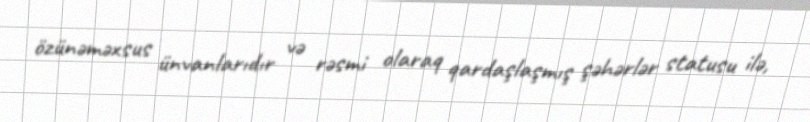
özünəməxsus ünvanlarıdır və rəsmi olaraq qardaşlaşmış şəhərlər statusu ilə,